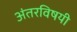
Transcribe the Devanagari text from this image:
अंतरविषयी